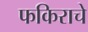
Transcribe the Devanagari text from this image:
फकिराचे